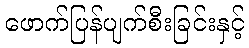
ဖောက်ပြန်ပျက်စီးခြင်းနှင့်